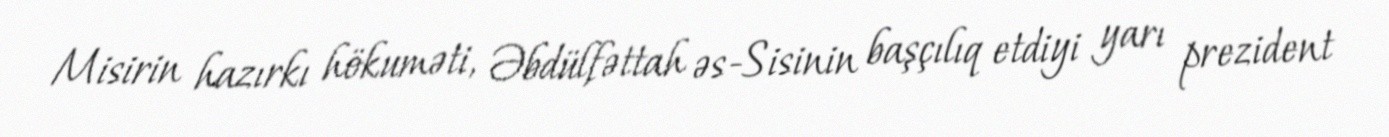
Misirin hazırkı hökuməti, Əbdülfəttah əs-Sisinin başçılıq etdiyi yarı prezident